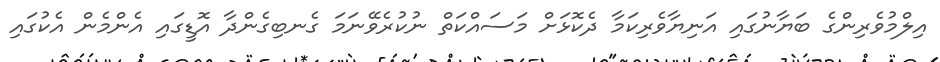
އިލްމުވެރިންގެ ބަޔާނުގައި އަނިޔާވެެރިކަމާ ދެކޮޅަށް މަސައްކަތް ނުކުރެވޭނަމަ ގެނބިގެންދާ އޮޑީގައި އެންމެން އެކުގައި